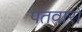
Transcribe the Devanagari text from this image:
पतवारों